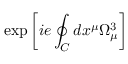
\exp \left[ i e \oint _ { C } d x ^ { \mu } \Omega _ { \mu } ^ { 3 } \right]